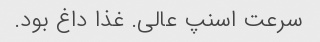
سرعت اسنپ عالی. غذا داغ بود.